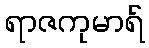
ရာဇကုမာရ်